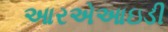
આરએઆઇડી